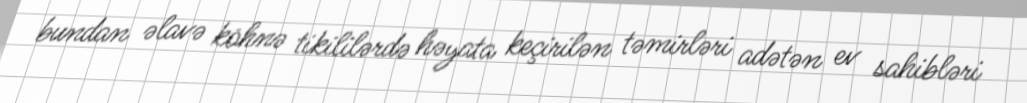
bundan əlavə köhnə tikililərdə həyata keçirilən təmirləri adətən ev sahibləri